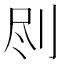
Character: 𠛾